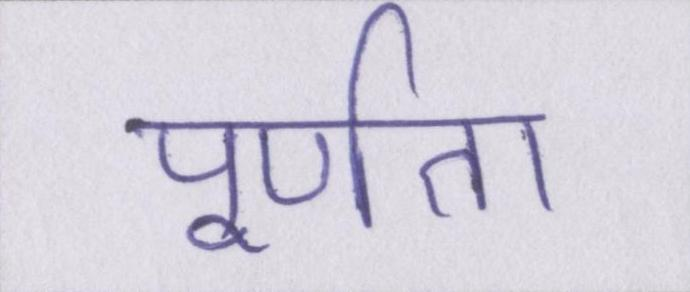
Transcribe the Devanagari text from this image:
पूर्णता